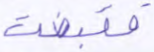
فقبضت